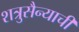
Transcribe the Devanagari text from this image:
शत्रुसैन्याची